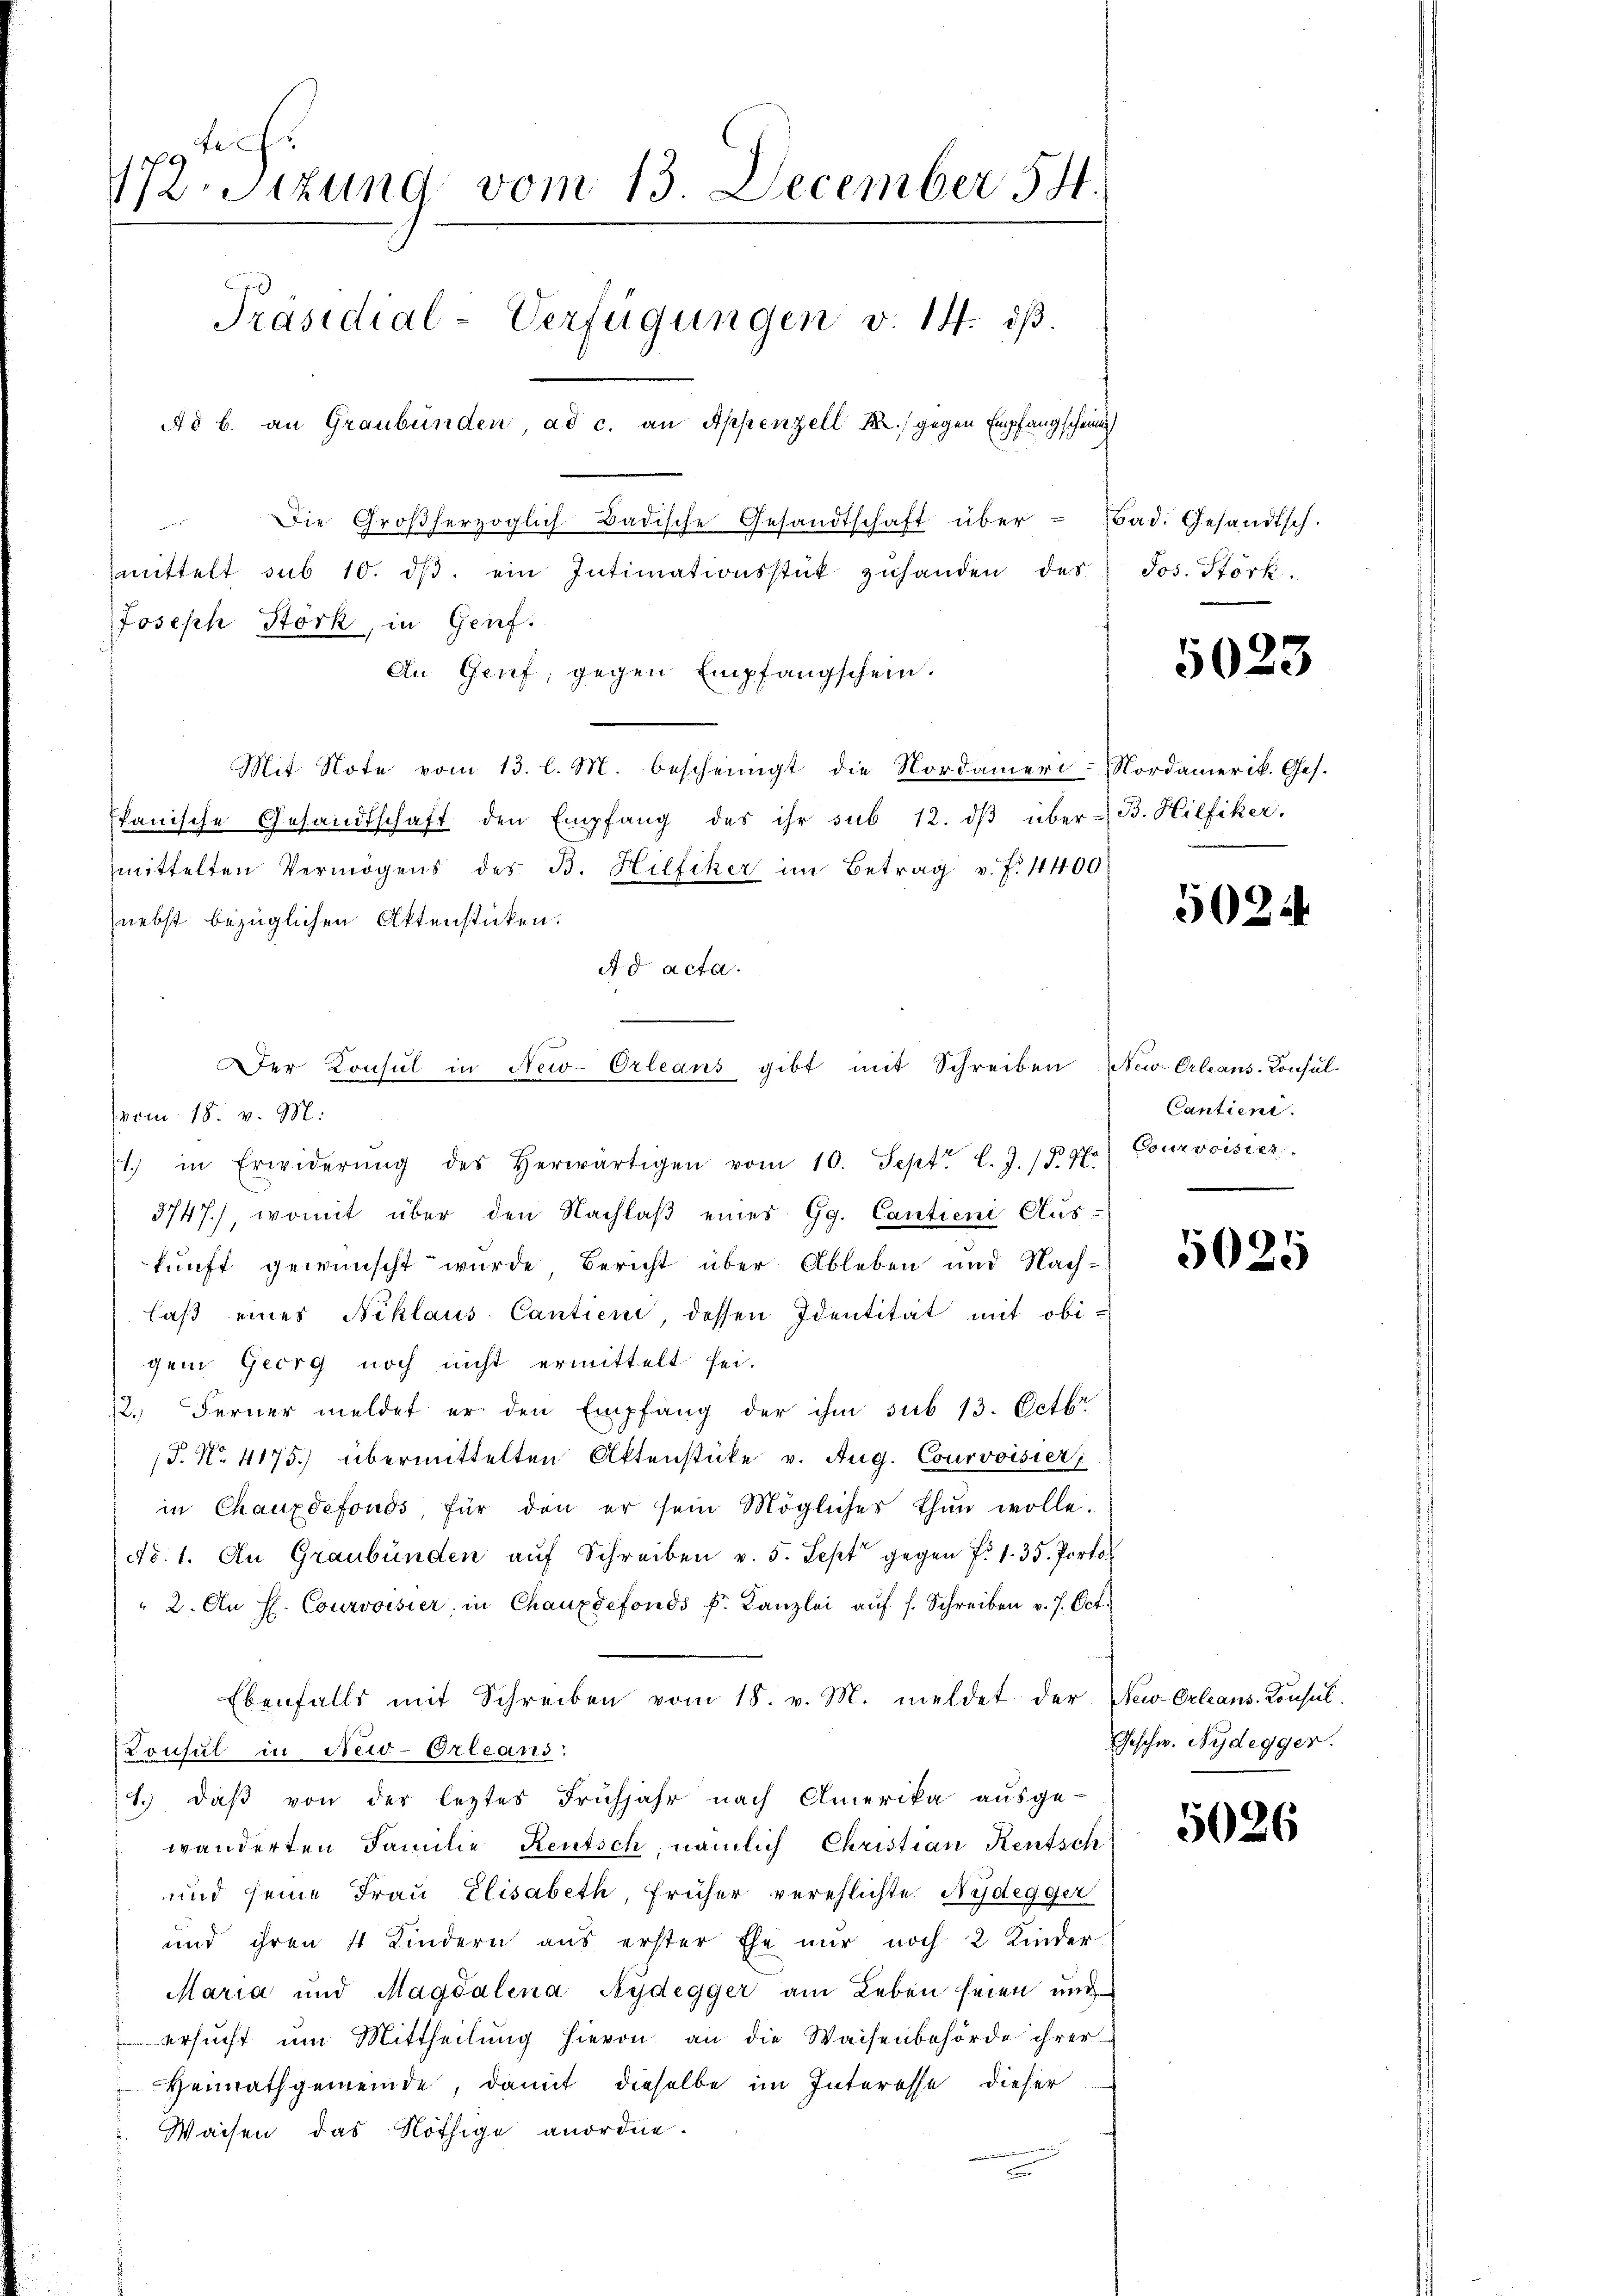
tech
72. Sizung vom 13. December 54.
Präsidial-Verfügungen v. 14. ds.
Ad b. an Graubünden ad c. an Appenzell M. gegen Empfangscheinig
 Die Großherzoglich-Badische Gesandtschaft über - Bad. Gesandtsch.
mittelt sub 10. dβ ein Intimationsstück zŭhanden der Jos. Störk.

Mit Note vom 13. l. M. bescheinigt die Nordameri-Nordamerik. Ges.
kanische Gesandtschaft den Empfang des ihr sub 12. dβ über B. Hilfiker.
mittelten Vermögens der B. Hilfiker im Betrag v. f. 4400
nebst bezüglichen Aktenstücken.
Ad acta.
vom 18. v. M.
1. in Erwiderŭng des herwärtigen vom 10. Sept. l. J. 15. 4.) Courvoisier
3747), womit über den Nachlaβ eines Gg. Cantieni Aus-
kunft gewünscht wurde, Bericht über Ableben und Nach-
laß eines Niklaus Cantien, dessen Identität mit obi-
gem Georg noch nicht ermittelt sei.
12. Ferner meldet er den Empfang der ihm sub 13. Octbr.
P. Nr. 4175) übermittelten Aktenstücke v. Aug. Courvoisier
in Chauxdefonds, für den er sein Mögliches thun wolle.
No. 1. An Graubünden aŭf Schreiben v. 5. Sept gegen f. 1. 35. Porto
" 2. An H. Courvoisier in Chauxdefonds k. Kanzlei aŭf s. Schreiben v. 7. Oct.
Ebenfalls mit Schreiben vom 18. v. M. meldet der New-Orleans Konsul-
Consul in New-Orleans
1. daß von der leztes Frühjahr nach Amerika ausge-
wänderten Familie Reutsch, nämlich Christian Rentsch
und seine Frau Elisabeth, früher verehlichte Nydegger
und ihren 4 Kindern aus erster Ehe nur noch 2 Kinder
Maria und Magdalena Sydegger am Leben seien und
ersucht um Mittheilung hievon an die Waisenbehörde ihrer
Heimathgemeinde, damit dieselbe im Interesse dieser
Waisen das Nöthige anordne.

Joseph Störk, in Genf.
An Genf, gegen Empfangschein.

i
Der Konsul in New-Orleans gibt mit Schreiben New-Orleans-Consul-

5023

502.

Cantient.

5025

Geschw. Nydegger.

5026